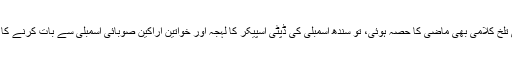
شازیہ مری اور کشمالہ طارق کے درمیان ہوئی تلخ کلامی بھی ماضی کا حصہ ہوئی، تو سندھ اسمبلی کی ڈپٹی اسپیکر کا لہجہ اور خواتین اراکین صوبائی اسمبلی سے بات کرنے کا انداز اکثر و بیشتر خبروں کی زینت بنا رہتا ہے۔